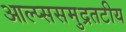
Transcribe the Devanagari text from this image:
आल्प्ससमुद्रतटीय